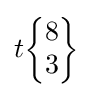
t{\begin{Bmatrix}8\\3\end{Bmatrix}}